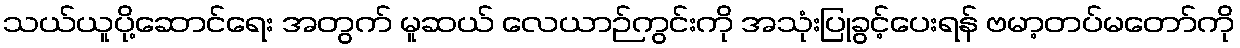
သယ်ယူပို့ဆောင်ရေး အတွက် မူဆယ် လေယာဉ်ကွင်းကို အသုံးပြုခွင့်ပေးရန် ဗမာ့တပ်မတော်ကို